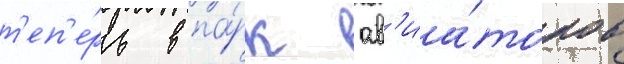
т'еп'е́рь в па́рк ав'иа́торов